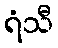
ရံသီ